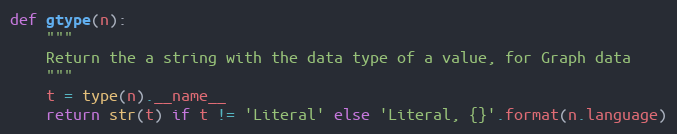
Language: Python
def gtype(n):
    """
    Return the a string with the data type of a value, for Graph data
    """
    t = type(n).__name__
    return str(t) if t != 'Literal' else 'Literal, {}'.format(n.language)